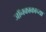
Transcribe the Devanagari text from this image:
जॉनकाकाच्या